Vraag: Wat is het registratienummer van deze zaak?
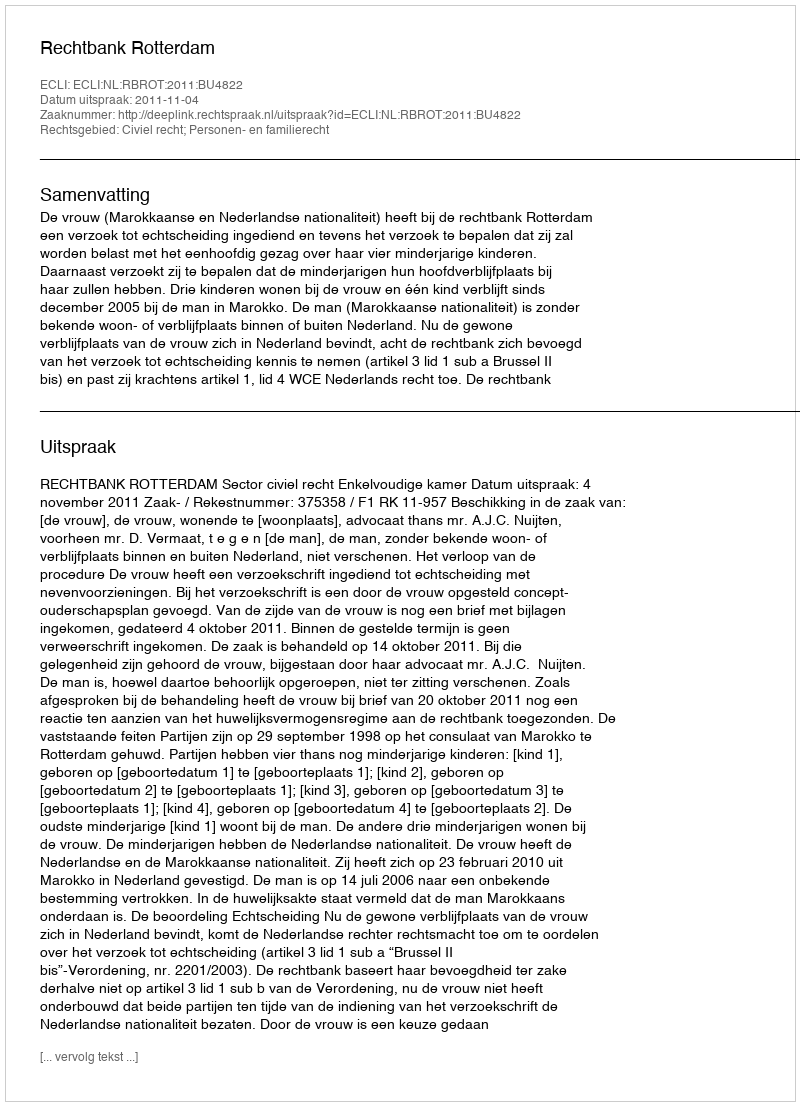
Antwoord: http://deeplink.rechtspraak.nl/uitspraak?id=ECLI:NL:RBROT:2011:BU4822